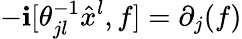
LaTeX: -\mathbf{i}[\theta_{jl}^{-1}\hat{{x}}^{l},f]=\partial_{j}(f)